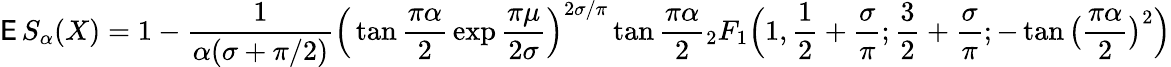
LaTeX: \operatorname{\mathsf{E}}S_{\alpha}(X)=1-{\frac{{1}}{{\alpha(\sigma+{\pi/2})}}}{\Big(}\tan{\frac{{\pi\alpha}}{{2}}}\exp{\frac{{\pi\mu}}{{2\sigma}}}{\Big)}^{2\sigma/\pi}\tan{\frac{{\pi\alpha}}{{2}}}{_{2}F_{1}}{\Big(}1,{\frac{{1}}{{2}}}+{\frac{{\sigma}}{{\pi}}};{\frac{{3}}{{2}}}+{\frac{{\sigma}}{{\pi}}};-\tan{\big(}{\frac{{\pi\alpha}}{{2}}}{\big)}^{2}{\Big)}